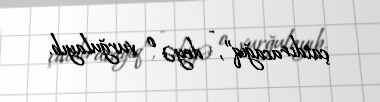
çatdıracağıq”, - deyə o vurğulayıb.